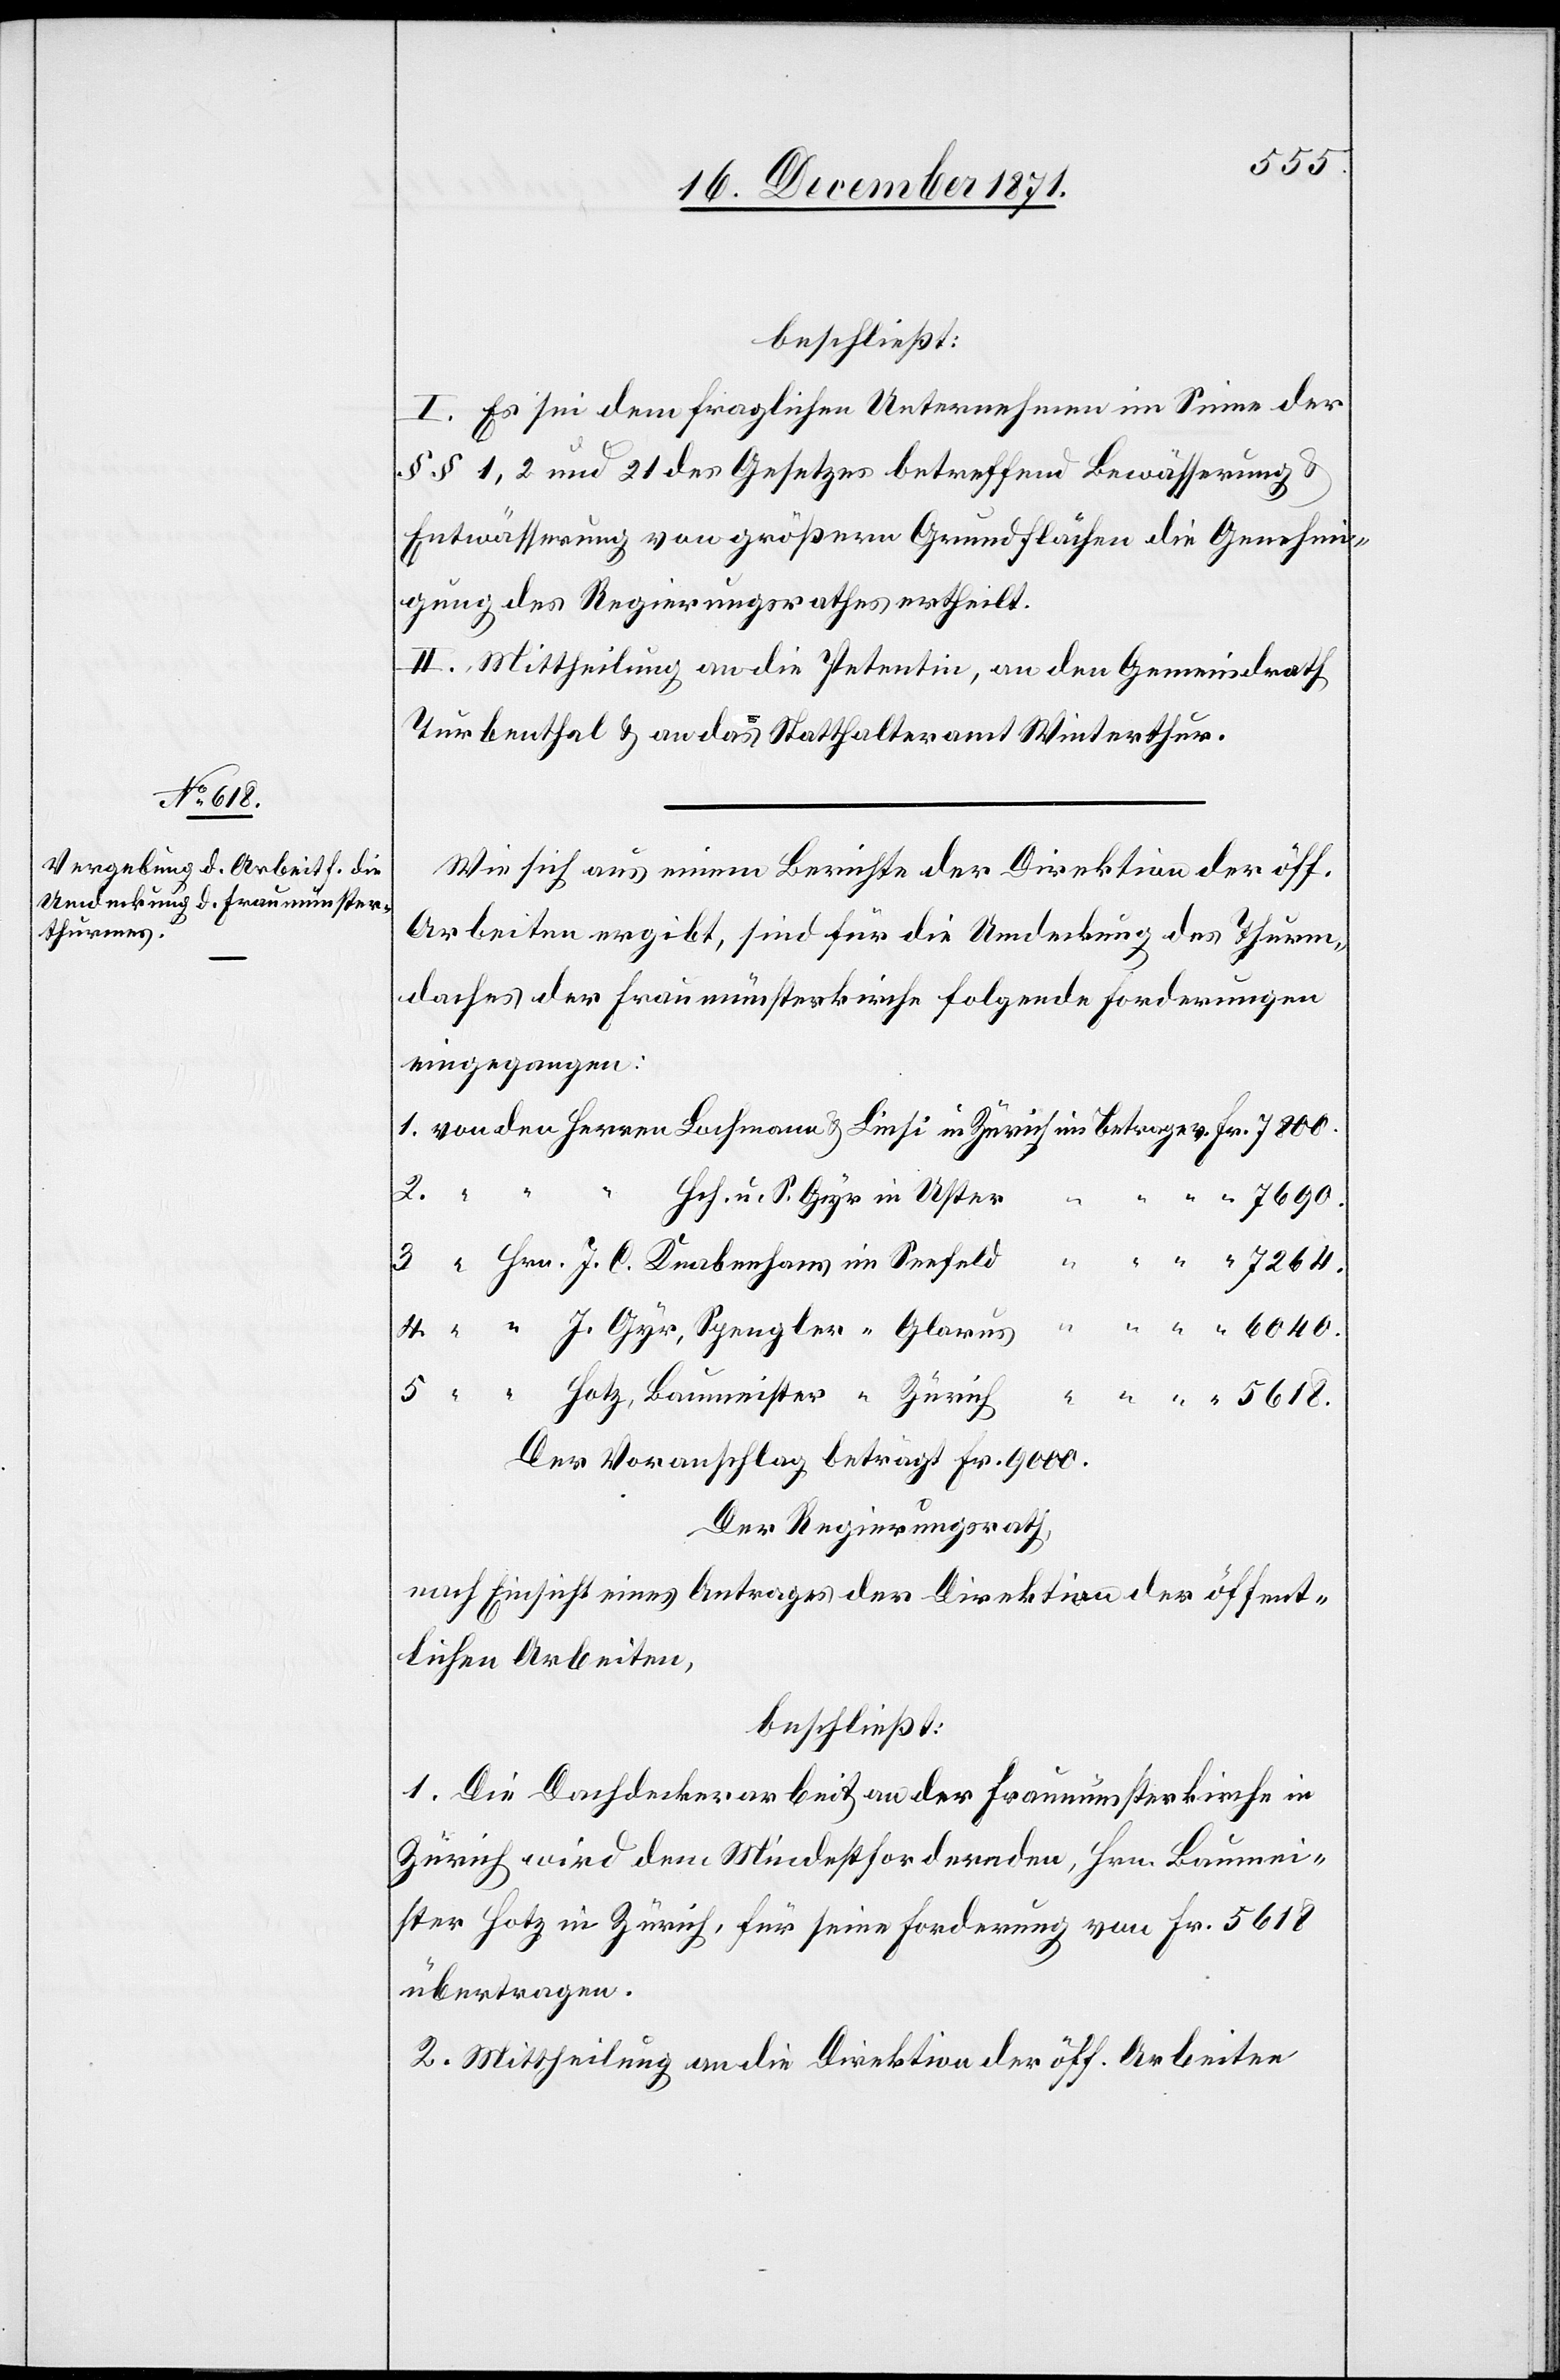
beschließt:
I. Es sei dem fraglichen Unternehmen im Sinne der
§§ 1, 2 und 21 des Gesetzes betreffend Bewässerung &
Entwässerung von größern Grundflächen die Genehmi¬
gung des Regierungsrathes ertheilt.
II. Mittheilung an die Petentin, an den Gemeindrath
Turbenthal & an das Statthalteramt Winterthur.
Wie sich aus einem Berichte der Direktion der öff.
Arbeiten ergibt, sind für die Umdeckung des Thurm¬
daches der Fraumünsterkirche folgende Forderungen
eingegangen:
1. von den Herren Bochmann & Liesi in Zürich im Betrage v. Fr. 7800.
2. “ “ “ Hch. u. S. Gyr in Uster
“ 7690.
“ “ “ 7264.
3. “ Hrn. J. C. Knabenhans im Seefeld
4. “ “ J. Gyr, Spengler in Glarus “ “ “ “ 6040.
5. “ “ Hotz, Baumeister “ Zürich “ “ “ “ 5618.
Der Voranschlag beträgt Fr. 9000.
Der Regierungsrath,
nach Einsicht eines Antrages der Direktion der öffent¬
lichen Arbeiten,
beschließt:
1. Die Dachdeckerarbeit an der Fraumünsterkirche in
Zürich wird dem Mindestfordernden, Hrn. Baumei¬
ster Hotz in Zürich, für seine Forderung von Fr. 5618
übertragen.
2. Mittheilung an die Direktion der öff. Arbeiten